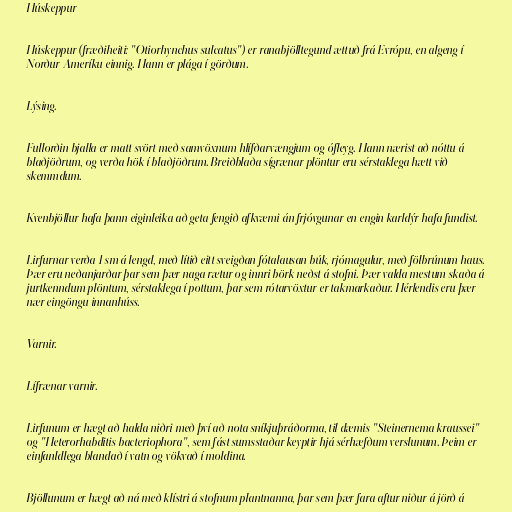
Húskeppur

Húskeppur (fræðiheiti: "Otiorhynchus sulcatus") er ranabjölltegund ættuð frá Evrópu, en algeng í
Norður-Ameríku einnig. Hann er plága í görðum.

Lýsing.

Fullorðin bjalla er matt svört með samvöxnum hlífðarvængjum og ófleyg. Hann nærist að nóttu á
blaðjöðrum, og verða hök í blaðjöðrum. Breiðblaða sígrænar plöntur eru sérstaklega hætt við
skemmdum.

Kvenbjöllur hafa þann eiginleika að geta fengið afkvæmi án frjóvgunar en engin karldýr hafa fundist.

Lirfurnar verða 1 sm á lengd, með lítið eitt sveigðan fótalausan búk, rjómagulur, með fölbrúnum haus.
Þær eru neðanjarðar þar sem þær naga rætur og innri börk neðst á stofni. Þær valda mestum skaða á
jurtkenndum plöntum, sérstaklega í pottum, þar sem rótarvöxtur er takmarkaður. Hérlendis eru þær
nær eingöngu innanhúss.

Varnir.

Lífrænar varnir.

Lirfunum er hægt að halda niðri með því að nota sníkjuþráðorma, til dæmis "Steinernema kraussei"
og "Heterorhabditis bacteriophora", sem fást sumsstaðar keyptir hjá sérhæfðum verslunum. Þeim er
einfanldlega blandað í vatn og vökvað í moldina.

Bjöllunum er hægt að ná með klístri á stofnum plantnanna, þar sem þær fara aftur niður á jörð á